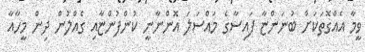
ވީމާ އެއްގޮތަކަށް ބުނަންޏާ ފައިސާގެ މައްސަލަ އޮންނާނީ ކުންފުންޏާއި ގެއްލުން ދިން މީހާއާ